Civil Veterinary Dept. North-West Frontier Province 1923-32 - 1923-1932
Year: 1923
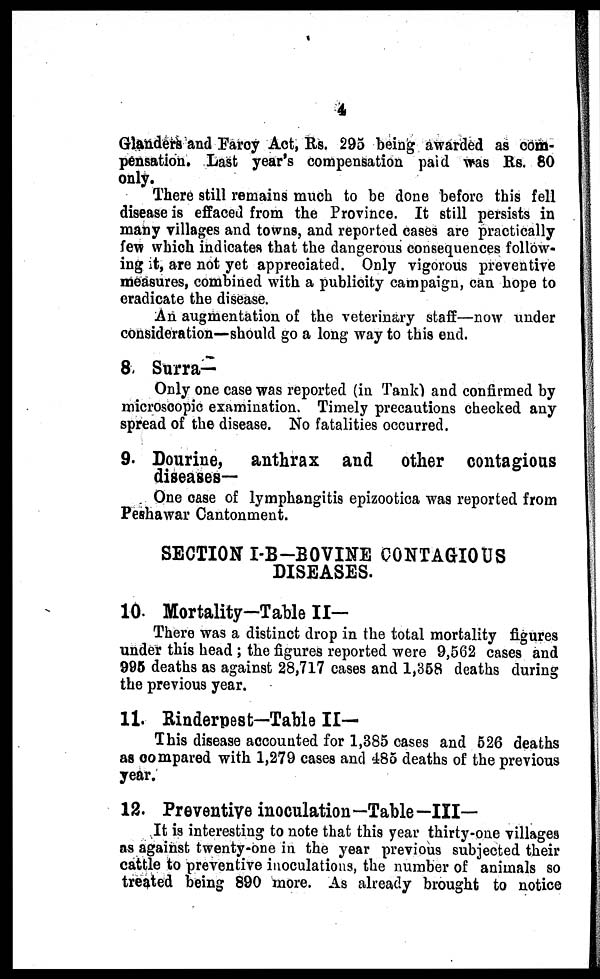
4
Glanders and Farcy Act, Rs. 295 being awarded as com-
pensation. Last year's compensation paid was Rs. 80
only.
There still remains much to be done before this fell
disease is effaced from the Province. It still persists in
many villages and towns, and reported cases are practically
few which indicates that the dangerous consequences follow-
ing it, are not yet appreciated. Only vigorous preventive
measures, combined with a publicity campaign, can hope to
eradicate the disease.
An augmentation of the veterinary staff—now under
consideration—should go a long way to this end.
8. Surra—
Only one case was reported (in Tank) and confirmed by
microscopic examination. Timely precautions checked any
spread of the disease. No fatalities occurred.
9. Dourine, anthrax and other contagious
diseases-
One case of lymphangitis epizootica was reported from
Peshawar Cantonment.
SECTION I-B—BOVINE CONTAGIOUS
DISEASES.
10. Mortality-Table II—
There was a distinct drop in the total mortality figures
under this head ; the figures reported were 9,562 cases and
995 deaths as against 28,717 cases and 1,358 deaths during
the previous year.
11. Rinderpest—Table II—
This disease accounted for 1,385 cases and 526 deaths
as compared with 1,279 cases and 485 deaths of the previous
year.
12. Preventive inoculation—Table—III—
It is interesting to note that this year thirty-one villages
as against twenty-one in the year previous subjected their
cattle to preventive inoculations, the number of animals so
treated being 890 more. As already brought to notice